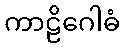
ကာဠိဂေါဓံ